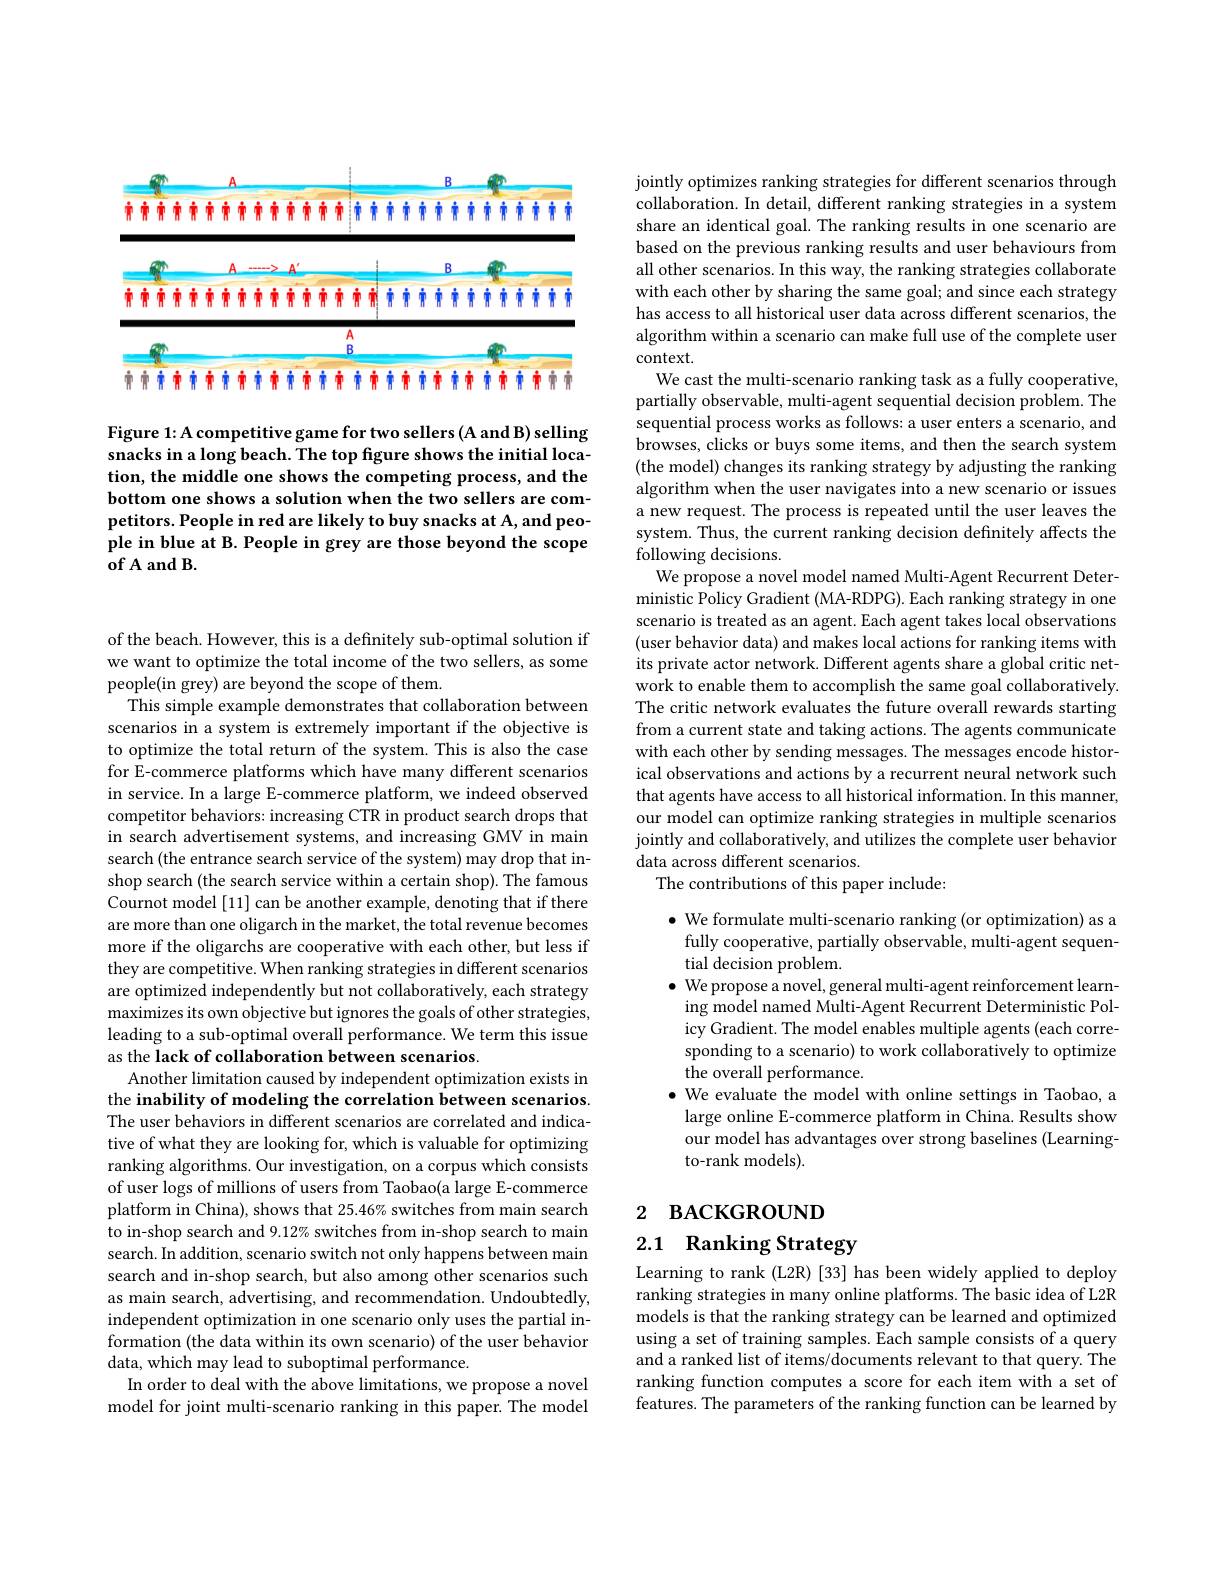
OP

市市市市市市市市市市市市市市市市市市市市市市市市市市市市市市

$\therefore aaaa$

MOLE

$\overline{\begin{array}{c}{A}\\{B}\end{array}}$

$କୀ$

$m^{\prime\prime}$

市市市市市市市市市市市市市市市市市市市市市市市市市市市市市市

Figure 1: A competitive game for two sellers (A and B) selling snacks in a long beach. The top figure shows the initial location, the middle one shows the competing process, and the bottom one shows a solution when the two sellers are competitors. People in red are likely to buy snacks at A, and people in blue at B. People in grey are those beyond the scope of A and B

of the beach. However, this is a definitely sub-optimal solution if we want to optimize the total income of the two sellers, as some people(in grey) are beyond the scope of them.
This simple example demonstrates that collaboration between scenarios in a system is extremely important if the objective is to optimize the total return of the system. This is also the case for E-commerce platforms which have many different scenarios in service. In a large E-commerce platform, we indeed observed competitor behaviors: increasing CTR in product search drops that in search advertisement systems, and increasing GMV in main search (the entrance search service of the system) may drop that inshop search (the search service within a certain shop). The famous Cournot model [11] can be another example, denoting that if there are more than one oligarch in the market, the total revenue becomes more if the oligarchs are cooperative with each other, but less if they are competitive. When ranking strategies in different scenarios are optimized independently but not collaboratively, each strategy maximizes its own objective but ignores the goals of other strategies, leading to a sub-optimal overall performance. We term this issue as the lack of collaboration between scenarios.
Another limitation caused by independent optimization exists in the inability of modeling the correlation between scenarios The user behaviors in different scenarios are correlated and indicative of what they are looking for, which is valuable for optimizing ranking algorithms. Our investigation, on a corpus which consists of user logs of millions of users from Taobao(a large E-commerce platform in China), shows that 25.46% switches from main search to in-shop search and 9.12% switches from in-shop search to main search. In addition, scenario switch not only happens between main search and in-shop search, but also among other scenarios such as main search, advertising, and recommendation. Undoubtedly, independent optimization in one scenario only uses the partial information (the data within its own scenario) of the user behavior data, which may lead to suboptimal performance.
In order to deal with the above limitations, we propose a novel model for joint multi-scenario ranking in this paper. The model

jointly optimizes ranking strategies for different scenarios through collaboration. In detail, different ranking strategies in a system share an identical goal. The ranking results in one scenario are based on the previous ranking results and user behaviours from all other scenarios. In this way, the ranking strategies collaborate with each other by sharing the same goal; and since each strategy has access to all historical user data across different scenarios, the algorithm within a scenario can make full use of the complete user context.
We cast the multi-scenario ranking task as a fully cooperative, partially observable, multi-agent sequential decision problem. The sequential process works as follows: a user enters a scenario, and browses, clicks or buys some items, and then the search system (the model) changes its ranking strategy by adjusting the ranking algorithm when the user navigates into a new scenario or issues a new request. The process is repeated until the user leaves the system. Thus, the current ranking decision definitely affects the following decisions.
We propose a novel model named Multi-Agent Recurrent Deterministic Policy Gradient (MA-RDPG). Each ranking strategy in one scenario is treated as an agent. Each agent takes local observations (user behavior data) and makes local actions for ranking items with its private actor network. Different agents share a global critic network to enable them to accomplish the same goal collaboratively. The critic network evaluates the future overall rewards starting from a current state and taking actions. The agents communicate with each other by sending messages. The messages encode historical observations and actions by a recurrent neural network such that agents have access to all historical information. In this manner, our model can optimize ranking strategies in multiple scenarios jointly and collaboratively, and utilizes the complete user behavior data across different scenarios.
The contributions of this paper include:

$\bullet$ We formulate multi-scenario ranking (or optimization) as a
fully cooperative, partially observable, multi-agent sequen-
tial decision problem.
$\bullet$ We propose a novel, general multi-agent reinforcement learn-
ing model named Multi-Agent Recurrent Deterministic Policy Gradient. The model enables multiple agents (each corresponding to a scenario) to work collaboratively to optimize the overall performance.
$\bullet$ We evaluate the model with online settings in Taobao, a large online E-commerce platform in China. Results show our model has advantages over strong baselines (Learningto-rank models).

## 2 ВАСКGROUND

2.1 Ranking Strategy

Learning to rank (L2R) [33] has been widely applied to deploy ranking strategies in many online platforms. The basic idea of L2R models is that the ranking strategy can be learned and optimized using a set of training samples. Each sample consists of a query and a ranked list of items/documents relevant to that query. The ranking function computes a score for each item with a set of features. The parameters of the ranking function can be learned by